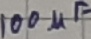
Text: 100µF